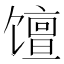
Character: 𫗴